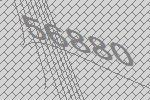
56880